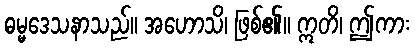
ဓမ္မဒေသနာသည်။ အဟောသိ၊ ဖြစ်၏။ ဣတိ၊ ဤကား